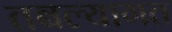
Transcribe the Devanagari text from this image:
तबल्यागत